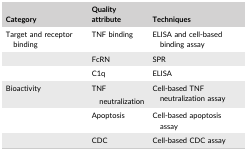
<table><thead><tr><td><b>Category</b></td><td><b>Quality attribute</b></td><td><b>Techniques</b></td></tr></thead><tbody><tr><td>Target and receptor binding</td><td>TNF binding</td><td>ELISA and cell‐based binding assay</td></tr><tr><td></td><td>FcRN</td><td>SPR</td></tr><tr><td></td><td>C1q</td><td>ELISA</td></tr><tr><td>Bioactivity</td><td>TNF neutralization</td><td>Cell‐based TNF neutralization assay</td></tr><tr><td></td><td>Apoptosis</td><td>Cell‐based apoptosis assay</td></tr><tr><td></td><td>CDC</td><td>Cell‐based CDC assay</td></tr></tbody></table>